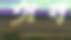
অন্